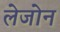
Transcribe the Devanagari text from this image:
लेजोन